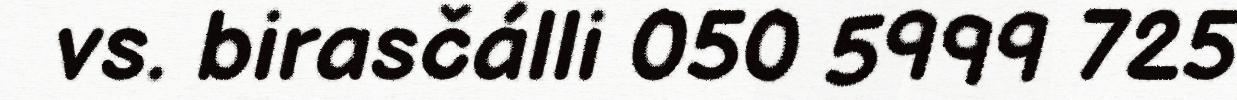
vs. birasčálli 050 5999 725